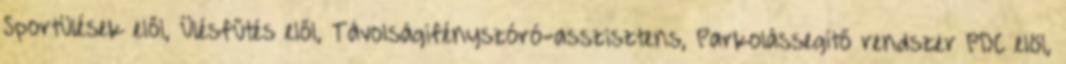
Sportülések elől, Ülésfűtés elől, Távolságifényszóró-asszisztens​, Parkolássegítő rendszer PDC elöl,